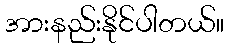
အားနည်းနိုင်ပါတယ်။